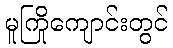
မူကြိုကျောင်းတွင်